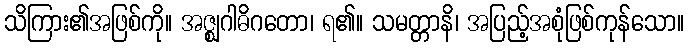
သိကြား၏အဖြစ်ကို။ အဇ္ဈဂါဓိဂတော၊ ရ၏။ သမတ္တာနိ၊ အပြည့်အစုံဖြစ်ကုန်သော။